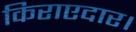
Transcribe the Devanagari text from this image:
किराएदार।